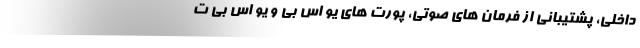
داخلی، پشتیبانی از فرمان های صوتی، پورت های یو اس بی و یو اس بی ت